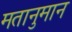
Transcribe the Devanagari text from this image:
मतानुमान